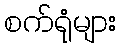
စက်ရုံများ